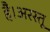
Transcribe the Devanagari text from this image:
है।अरस्तू